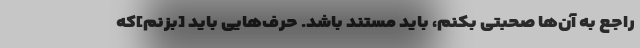
راجع به آن‌ها صحبتی بکنم، باید مستند باشد. حرف‌هایی باید [بزنم]که